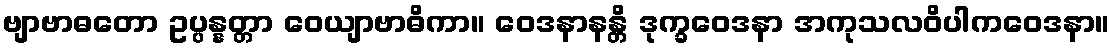
ဗျာဗာဓတော ဥပ္ပန္နတ္တာ ဝေယျာဗာဓိကာ။ ဝေဒနာနန္တိ ဒုက္ခဝေဒနာ အကုသလဝိပါကဝေဒနာ။